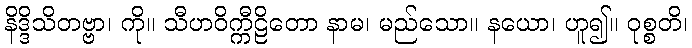
နိဒ္ဒိသိတဗ္ဗာ၊ ကို။ သီဟဝိက္ကီဠိတော နာမ၊ မည်သော။ နယော၊ ဟူ၍။ ဝုစ္စတိ၊